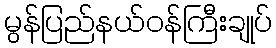
မွန်ပြည်နယ်ဝန်ကြီးချုပ်